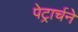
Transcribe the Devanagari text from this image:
पेट्रार्चने